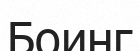
Боинг